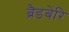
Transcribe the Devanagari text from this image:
ब्रैडबेरि